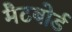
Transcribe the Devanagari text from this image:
मैटबोर्ड